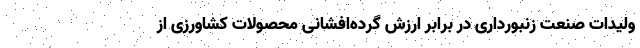
ولیدات صنعت زنبورداری در برابر ارزش گرده‌افشانی محصولات کشاورزی از